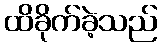
ထိခိုက်ခဲ့သည်